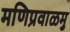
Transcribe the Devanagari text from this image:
मणिप्रवाळमु